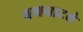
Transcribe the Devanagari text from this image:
वगनाटये